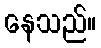
နေသည်။